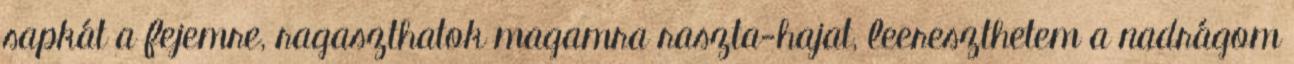
sapkát a fejemre, ragaszthatok magamra raszta-hajat, leereszthetem a nadrágom